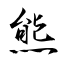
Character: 熊